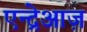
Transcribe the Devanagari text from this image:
एन्द्रेआज़